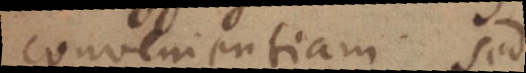
convenientiam sed